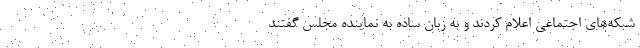
شبکه‌های اجتماعی اعلام کردند و به زبان ساده به نماینده مجلس گفتند